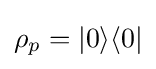
\rho _{p}=|0\rangle \langle 0|